Annual administration report of the Civil Veterinary Department of India - 1893-1894
Year: 1893
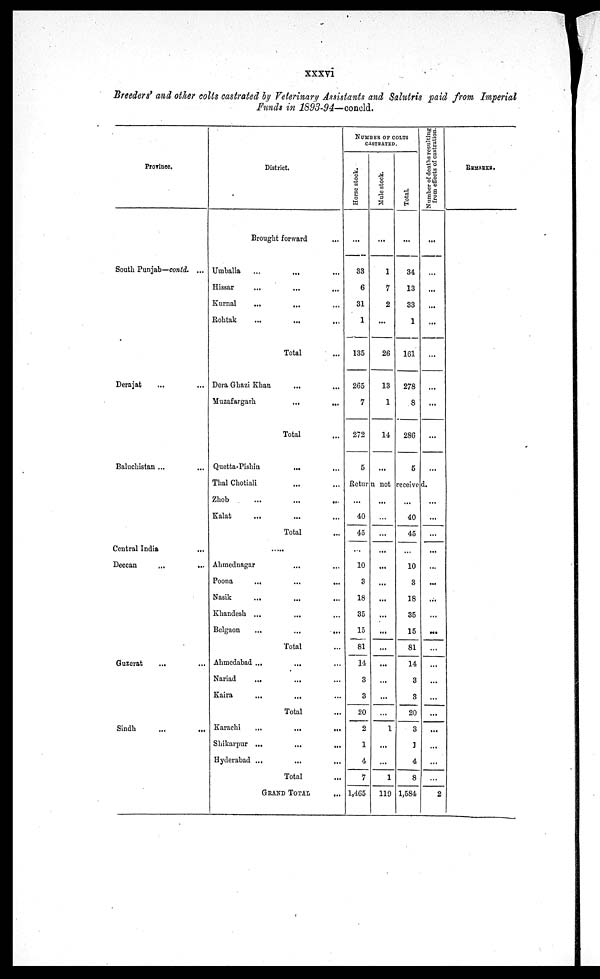
xxxvi
Breeders' and other colts castrated by Veterinary Assistants and Salutris paid from Imperial
Funds in 1893-94—concld.
Province.
South Punjab—contd. ...
Derajat
Baluchistan ...
Central India
...
Deccan
Guzerat
...
Sindh
District.
Brought forward ...
Umballa
...
...
...
Hissar
...
...
...
Kurnal ... ... ...
Rohtak
...
...
...
Total ...
Dera Ghazi Khan ... ...
Muzafargarh
...
...
Total ...
Quetta-Pishin
...
...
Thal Chotiali ... ...
Zhob ... ... ...
Kalat ... ... ...
Total ...
........
Ahmednagar ... ...
Poona ... ... ...
Nasik
...
... ...
Khandesh ...
... ...
Belgaon
...
...
...
Total ...
Ahmedabad ... ... ...
Nariad
...
... ...
Kaira
...
... ...
Total ...
Karachi
...
...
...
Shikarpur ...
...
.....
Hyderabad ...
...
...
Total ...
GRAND
TOTAL
...
NUMBER OF COLTS
CASTRATED.
Horse stock.
...
33
6
31
1
135
265
7
272
5
Mule stock.
...
1
7
2
...
26
13
1
14
...
Total.
...
34
13
33
1
161
278
8
286
5
Number of deaths resulting
from effects of castration.
...
...
...
...
...
...
...
...
...
...
Return not received.
...
40
45
...
10
3
18
35
15
81
14
3
3
20
2
1
4
7
1,465
...
...
...
...
...
...
...
...
...
...
...
...
...
...
1
...
...
1
119
...
40
45
...
10
3
18
35
15
81
14
3
3
20
3
1
4
8
1,584
...
...
...
...
...
...
...
...
...
...
...
...
...
...
...
...
...
...
2
REMARKS.